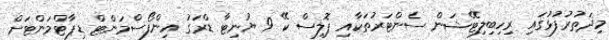
މިދަތުރުފުޅުގައި ރިހިބިލިޓޭޝަން ސެންޓަރުތަކާއި ޕޮލިސް ކޭ 9 ޔުނިޓާ ޑްރަގު އިންފޯސްމަންޓް ޑިޕާޓްމަންޓަށް